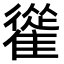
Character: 𩀰